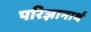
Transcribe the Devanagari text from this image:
परिज्ञानार्थ